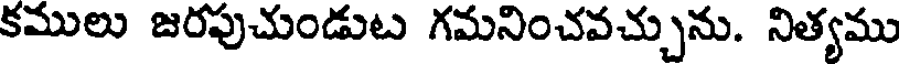
కములు జరపుచుండుట గమనించవచ్చును. నిత్యము